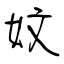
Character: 妏